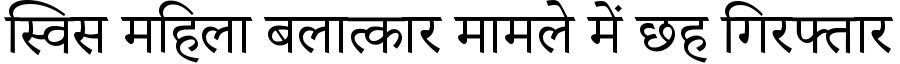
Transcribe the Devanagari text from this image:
स्विस महिला बलात्कार मामले में छह गिरफ्तार